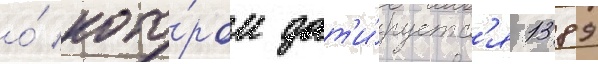
о́ кото́ром дат'и́руетс'я 1389